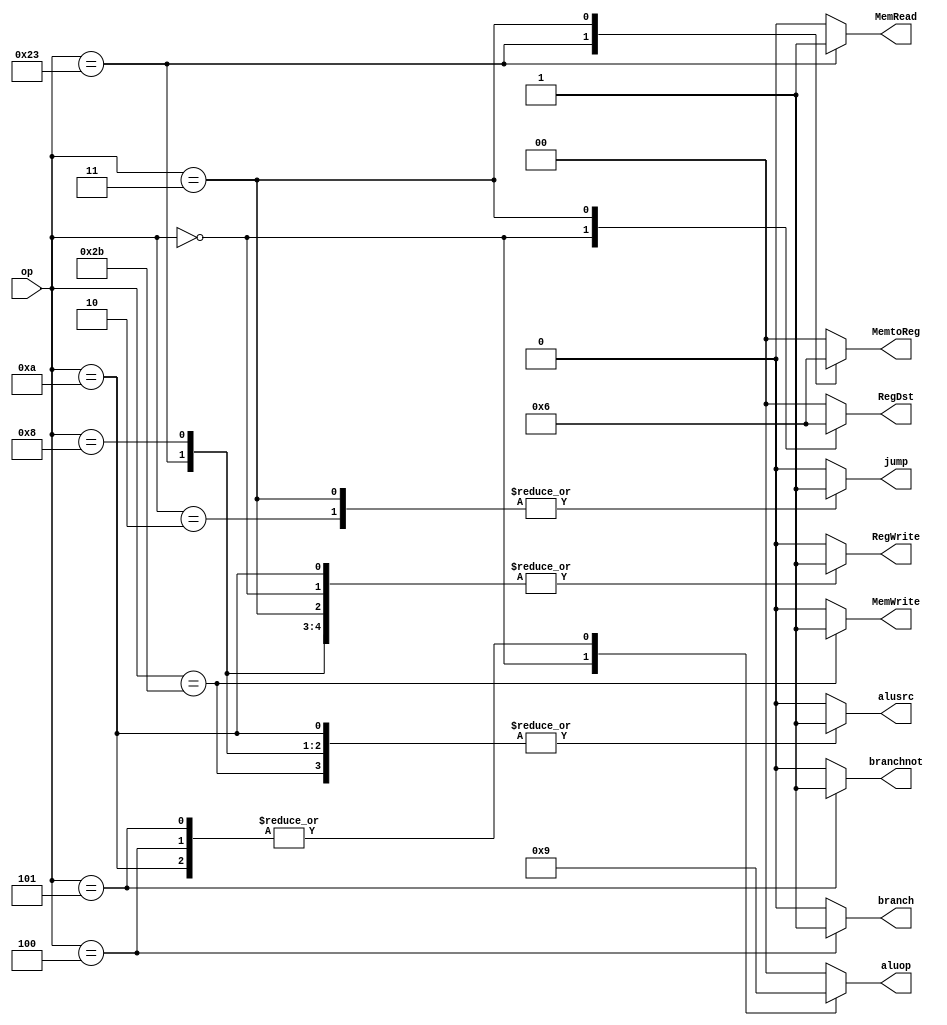
`timescale 1ns/1ns
module controller(input[5:0] op, output reg RegWrite, alusrc, branch, branchnot, jump,
              MemRead, MemWrite, output reg[1:0] aluop, MemtoReg, RegDst);
  always@(op) begin
    {RegWrite, alusrc, branch, branchnot, jump, MemRead, MemWrite, aluop, MemtoReg, RegDst} = 13'b0;
    case(op)
      6'b000000: begin RegWrite=1'b1; aluop=2'b10; RegDst=2'b01; end                  //RT
      6'b100011: begin RegWrite=1'b1; alusrc=1'b1; MemtoReg=2'b01; MemRead=1'b1; end  //lw
      6'b101011: begin alusrc=1'b1; MemWrite=1'b1; end                                //sw
      6'b001000: begin RegWrite=1'b1; alusrc=1'b1; end                                //addi
      6'b001010: begin RegWrite=1'b1; alusrc=1'b1; aluop=2'b01; end                   //slti
      6'b000100: begin aluop=2'b01; branch=1'b1; end                                  //beq
      6'b000101: begin aluop=2'b01; branchnot=1'b1; end                               //bne
      6'b000010: begin jump=1'b1; end                                                 //J
      6'b000011: begin RegWrite=1'b1; MemtoReg=2'b10; jump=1'b1; RegDst=2'b10; end    //Jal
    endcase
  end
endmodule